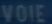
VOIE